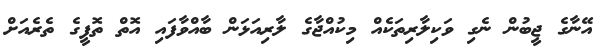
އޭނާގެ ޖީބުން ނެގި ވަކިލާރިތަކެއް މިކުއްޖާގެ ލާރިއަޅަން ބާއްވާފައި އޮތް ތޮފީގެ ތެރެއަށް